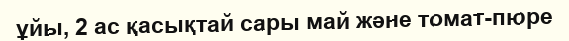
ұйы, 2 ас қасықтай сары май және томат-пюре